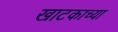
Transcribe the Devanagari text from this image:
खाटकाच्या